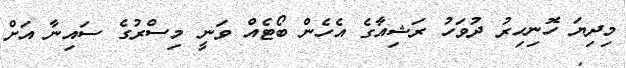
މިދިޔަ ހޮނިހިރު ދުވަހު ރަޝިއާގެ އެހެން ބޯޓެއް ވަނީ މިސްރުގެ ސައިނާ އަށް